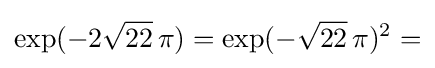
\exp(-2{\sqrt {22}}\,\pi )=\exp(-{\sqrt {22}}\,\pi )^{2}=